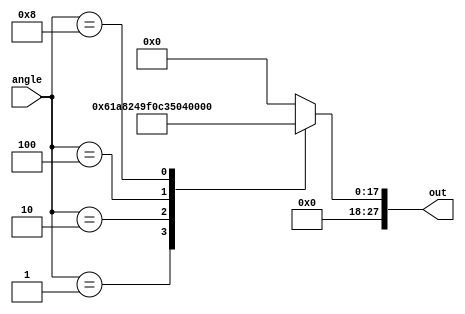
`timescale 1ns / 1ps

module Angle_to_on_time(
  input [3:0] angle,        //ON/OFF FPGA switch to select angle
  output reg [27:0] out     //Ontime_bus
    );
parameter x=100000;// factor for 1 ms 
 
    always@(angle)
        begin
        case(angle)
        
        /*Assigning set  of on-time/Angle using different ON/OFF 
                 Switches for a particular action to be performed*/
        4'b0001: out= 1.0*x; // 45  degree
        4'b0010: out= 1.5*x; // 90  degree
        4'b0100: out= 2.0*x; // 135 degree
        4'b1000: out= 2.5*x; // 180 degree 
        default: out= 0;     // default on-time is zero
        endcase 

    end
endmodule